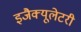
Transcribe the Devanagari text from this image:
इजैक्यूलेटरी